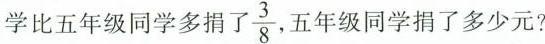
学比五年级同学多捐了 \frac{3}{8} ，五年级同学捐了多少元?